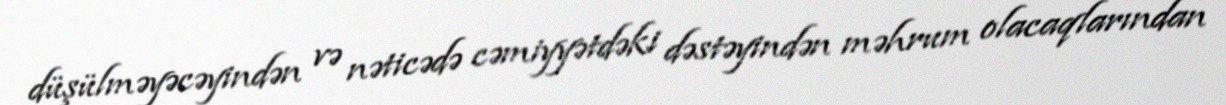
düşülməyəcəyindən və nəticədə cəmiyyətdəki dəstəyindən məhrum olacaqlarından